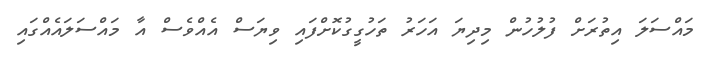
މައްސަލަ އިތުރަށް ފުލުހުން މިދިޔަ އަހަރު ތަހުގީގުކޮށްފައި ވިޔަސް އެއްވެސް އާ މައްސަލައެއްގައި